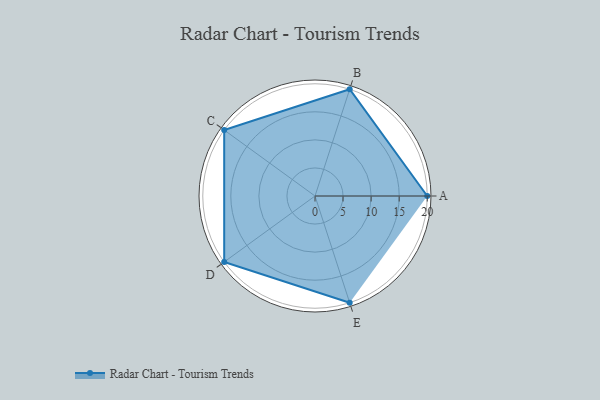
{"axis": {"x": "Skill", "y": "Score"}, "legend": ["Profile"], "data": [{"x": "A", "y": 20, "type": "Profile"}, {"x": "B", "y": 20, "type": "Profile"}, {"x": "C", "y": 20, "type": "Profile"}, {"x": "D", "y": 20, "type": "Profile"}, {"x": "E", "y": 20, "type": "Profile"}]}